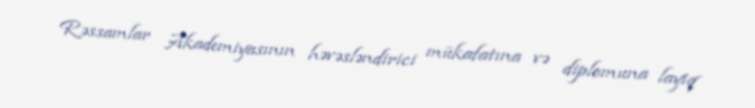
Rəssamlar Akademiyasının həvəsləndirici mükafatına və diplomuna layiq